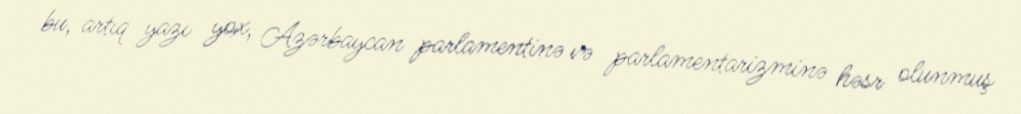
bu, artıq yazı yox, Azərbaycan parlamentinə və parlamentarizminə həsr olunmuş